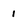
Character: 1